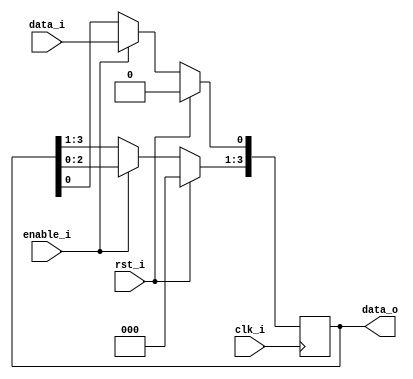
`timescale 1ns / 1ps

module shift_reg(
	input enable_i,
	input clk_i,
	input rst_i,
	input data_i,
	output [3:0] data_o
);

reg [3:0] data;

always @(posedge clk_i)
	if (rst_i) 
		data <= 4'b0;
	else
		begin	
			if (enable_i)
				begin
					data <= data << 1'b1;
					data[0] <= data_i;
				end
		end

assign data_o = data;

endmodule